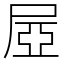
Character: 𡱻